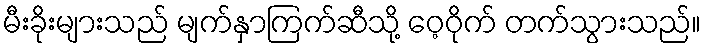
မီးခိုးများသည် မျက်နှာကြက်ဆီသို့ ဝေ့ဝိုက် တက်သွားသည်။